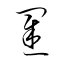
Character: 罫